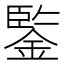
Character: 鍳